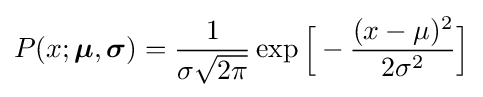
P(x;{\boldsymbol {\mu }},{\boldsymbol {\sigma }})={\frac {1}{\sigma {\sqrt {2\pi }}}}\exp {\Big [}-{\frac {(x-\mu )^{2}}{2\sigma ^{2}}}{\Big ]}